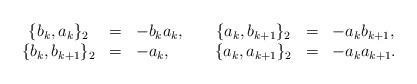
LaTeX: \begin{align*}\begin{array}{cclcccl}\{b_k,a_k\}_2 & = & -b_k a_k, & \; &\{a_k,b_{k+1}\}_2 & = & -a_k b_{k+1}, \\ \{b_k,b_{k+1}\}_2 & = & -a_k, & \; &\{a_k,a_{k+1}\}_2 & = & -a_k a_{k+1}.\end{array}\end{align*}